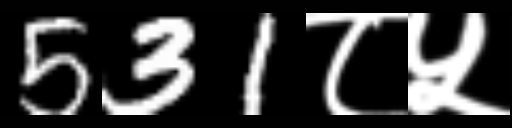
Text: 531८५